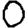
Digit: 0